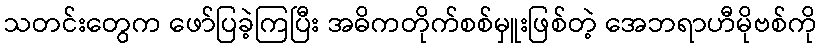
သတင်းတွေက ဖော်ပြခဲ့ကြပြီး အဓိကတိုက်စစ်မှူးဖြစ်တဲ့ အေဘရာဟီမိုဗစ်ကို